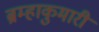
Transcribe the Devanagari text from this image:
ब्रम्हाकुमारी